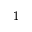
_ 1